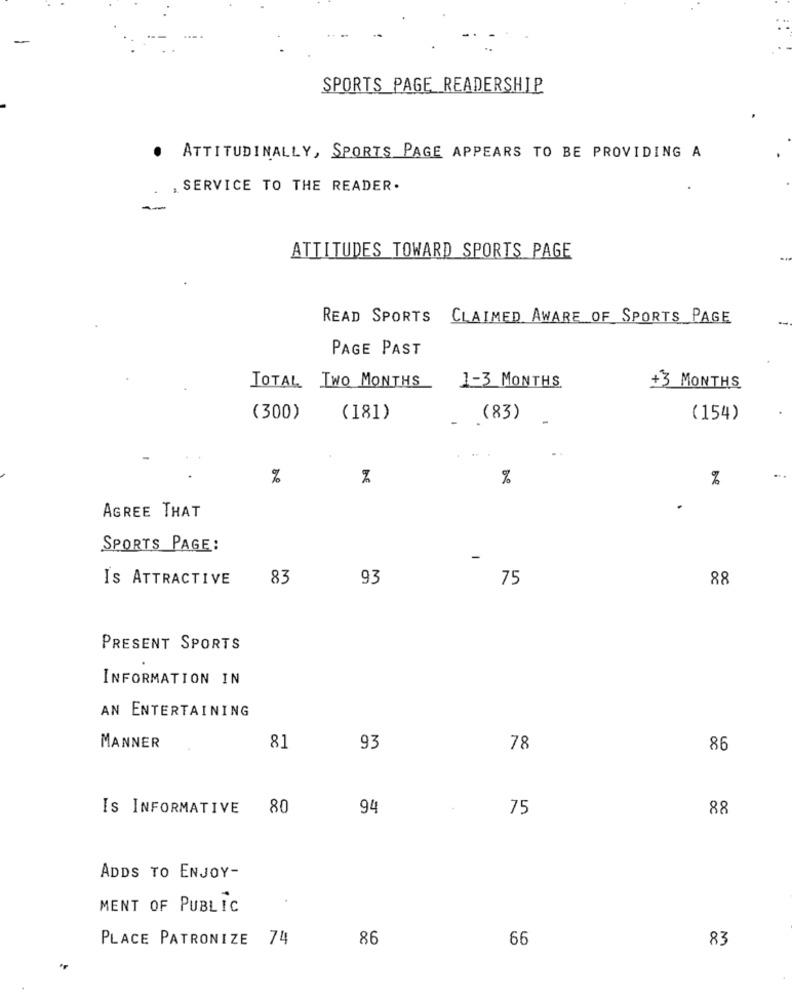
-
SPORTS PAGE READERSHIP
. ATTITUDINALLY, SPORTS PAGE APPEARS TO BE PROVIDING A
, SERVICE TO THE READER.
ATTITUDES TOWARD SPORTS PAGE
READ SPORTS CLAIMED AWARE OF SPORTS PAGE
PAGE PAST
TOTAL
TWO MONTHS
1-3 MONTHS
+3 MONTHS
(300)
(181)
- . (83)
(154)
%
%
%
AGREE THAT
SPORTS PAGE:
IS ATTRACTIVE
83
93
75
88
PRESENT SPORTS
INFORMATION IN
AN ENTERTAINING
MANNER
81
93
78
86
IS INFORMATIVE 80
94
75
88
ADDS TO ENJOY-
MENT OF PUBLIC
PLACE PATRONIZE 74
86
66
83